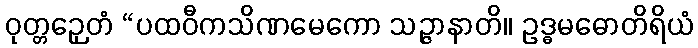
ဝုတ္တဉှေတံ “ပထဝီကသိဏမေကော သဉ္ဇာနာတိ။ ဥဒ္ဓမဓောတိရိယံ